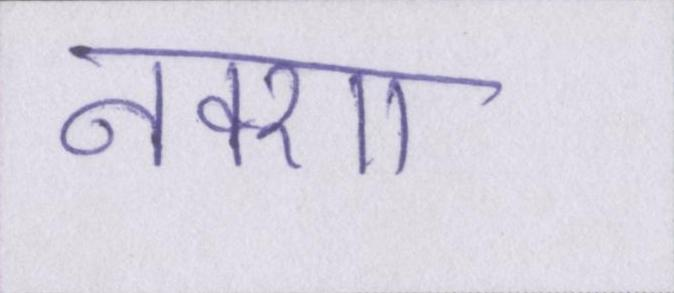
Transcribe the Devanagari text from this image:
नक्शा